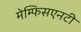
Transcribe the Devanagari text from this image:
मेम्फिसएनटी